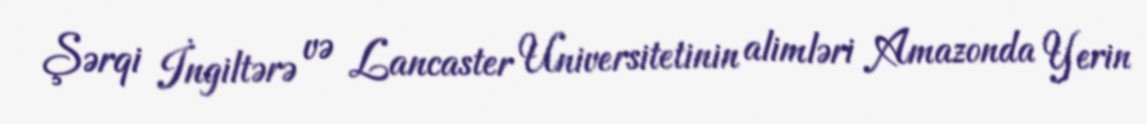
Şərqi İngiltərə və Lancaster Universitetinin alimləri Amazonda Yerin